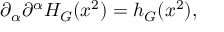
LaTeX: \partial _ { \alpha } \partial ^ { \alpha } H _ { G } ( x ^ { 2 } ) = h _ { G } ( x ^ { 2 } ) ,